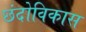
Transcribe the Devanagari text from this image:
छंदोविकास